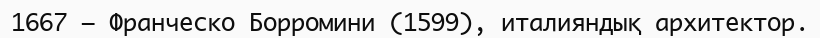
1667 — Франческо Борромини (1599), италияндық архитектор.